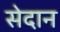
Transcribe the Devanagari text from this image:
सेदान